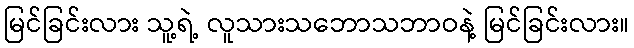
မြင်ခြင်းလား သူ့ရဲ့ လူသားသဘောသဘာဝနဲ့ မြင်ခြင်းလား။